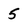
Character: 5